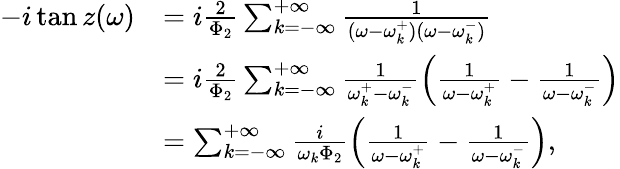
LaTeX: \begin{array}{rl}{-i\tan z(\omega)}&{=i\frac{2}{\Phi_{2}}\sum_{k=-\infty}^{+\infty}\frac{1}{(\omega-\omega_{k}^{+})(\omega-\omega_{k}^{-})}}\\ &{=i\frac{2}{\Phi_{2}}\sum_{k=-\infty}^{+\infty}\frac{1}{\omega_{k}^{+}-\omega_{k}^{-}}\left(\frac{1}{\omega-\omega_{k}^{+}}-\frac{1}{\omega-\omega_{k}^{-}}\right)}\\ &{=\sum_{k=-\infty}^{+\infty}\frac{i}{\omega_{k}\Phi_{2}}\left(\frac{1}{\omega-\omega_{k}^{+}}-\frac{1}{\omega-\omega_{k}^{-}}\right),}\end{array}